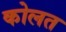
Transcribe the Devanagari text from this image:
कोलत